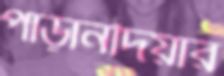
পাড়ানদিয়ার